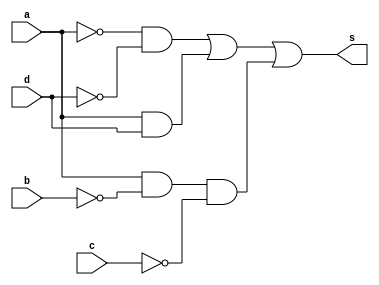
//---------------------------
//Nome: Silvino Henrique Santos de Souza
//Matrcula: 412773
//---------------------------

//--------------------------
// ------- Guia08-02--------
//--------------------------



module ex2(s, a, b, c, d);
	output s;
	input a, b, c, d;
	wire n1, n2, n3, n4, c1, c2, c3;
	not NOT1(n1, a);
	not NOT2(n2, b);
	not NOT3(n3, c);
	not NOT4(n4, d);
	and AND1(c1, n1, n4);
	and AND2(c2, a, d);
	and AND3(c3, a, n2, n3);
	or OR1(s, c1, c2, c3);
endmodule // fim ex2

module testeex2();
	reg a, b, c, d;
	wire s;
	integer numero, i, j, k, l;

	ex2 EX2(s, a, b, c, d);

	initial begin
		a = 0;
		b = 0;
		c = 0;
		d = 0;
		numero = -1;
	end

	initial begin
		$display("Guia08-02 - Silvino Henrique Santos de Souza - 412773 \n");
		#1 $display("   a b c d  Out");

		for(i = 0; i < 2; i = i + 1)begin
			a = i;
			for(j = 0; j < 2; j = j + 1)begin
				b = j;
				for(k = 0; k < 2; k = k + 1)begin
					c = k;
					for(l = 0; l < 2; l = l + 1)begin
						#1 d = l; numero = numero + 1;
						#1 $display("%2d %b %b %b %b  %b", numero, a, b, c, d, s);
					end
				end
			end
		end
	end
	
endmodule //fim testeex2